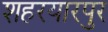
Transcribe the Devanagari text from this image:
शहरयारपुर